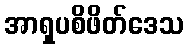
အာရှပစိဖိတ်ဒေသ